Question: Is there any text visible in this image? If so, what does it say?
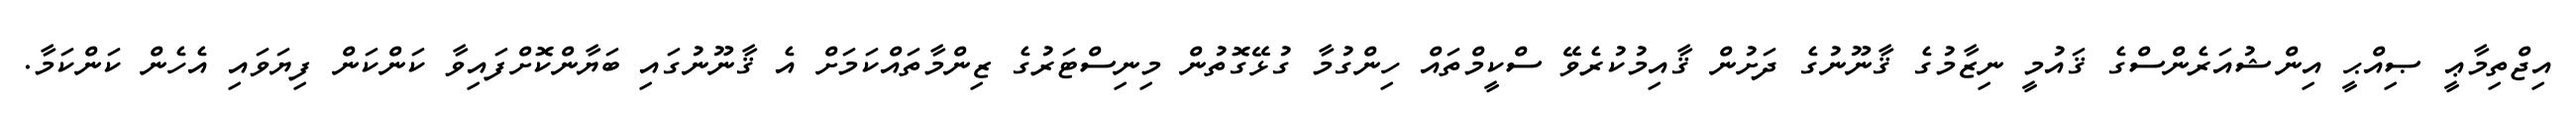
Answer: އިޖްތިމާޢީ ޞިއްޙީ އިންޝުއަރެންސްގެ ޤައުމީ ނިޒާމުގެ ޤާނޫނުގެ ދަށުން ޤާއިމުކުރެވޭ ސްކީމްތައް ހިންގުމާ ގުޅޭގޮތުން މިނިސްޓަރުގެ ޒިންމާތައްކަމަށް އެ ޤާނޫނުގައި ބަޔާންކޮށްފައިވާ ކަންކަން ފިޔަވައި އެހެން ކަންކަމާ.